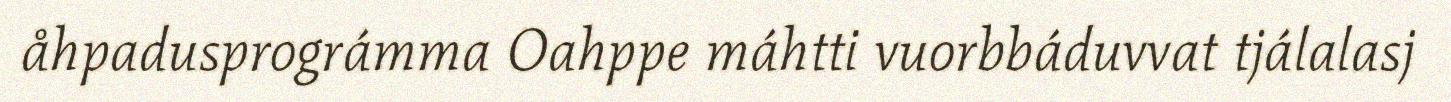
åhpadusprográmma Oahppe máhtti vuorbbáduvvat tjálalasj